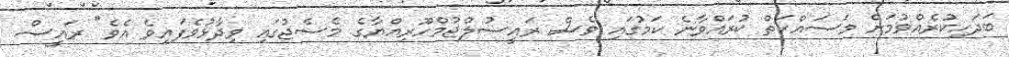
ބަދަހިކުރެއްވުމަށް މަސައްކަތް ކުރައްވާނެ ކަމުގައި ވެސް ރައީސުލްޖުމްހޫރިއްޔާގެ މެސެޖުގައި ވިދާޅުވެފައިވެ އެވެ" ރައީސް